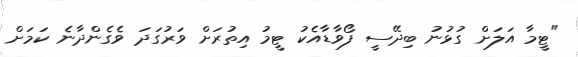
"ޓީމާ އަލަށް ގުޅުނު ބިދޭސީ ފޯވާޑާއެކު ޓީމު އިތުރަށް ވަރުގަދަ ވެގެންދާނެ ކަމަށް